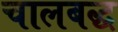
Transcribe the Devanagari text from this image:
चालबद्ध